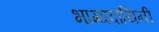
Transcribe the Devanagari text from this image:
भाग्यदायिनी